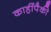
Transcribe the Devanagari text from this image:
काहींपैकी